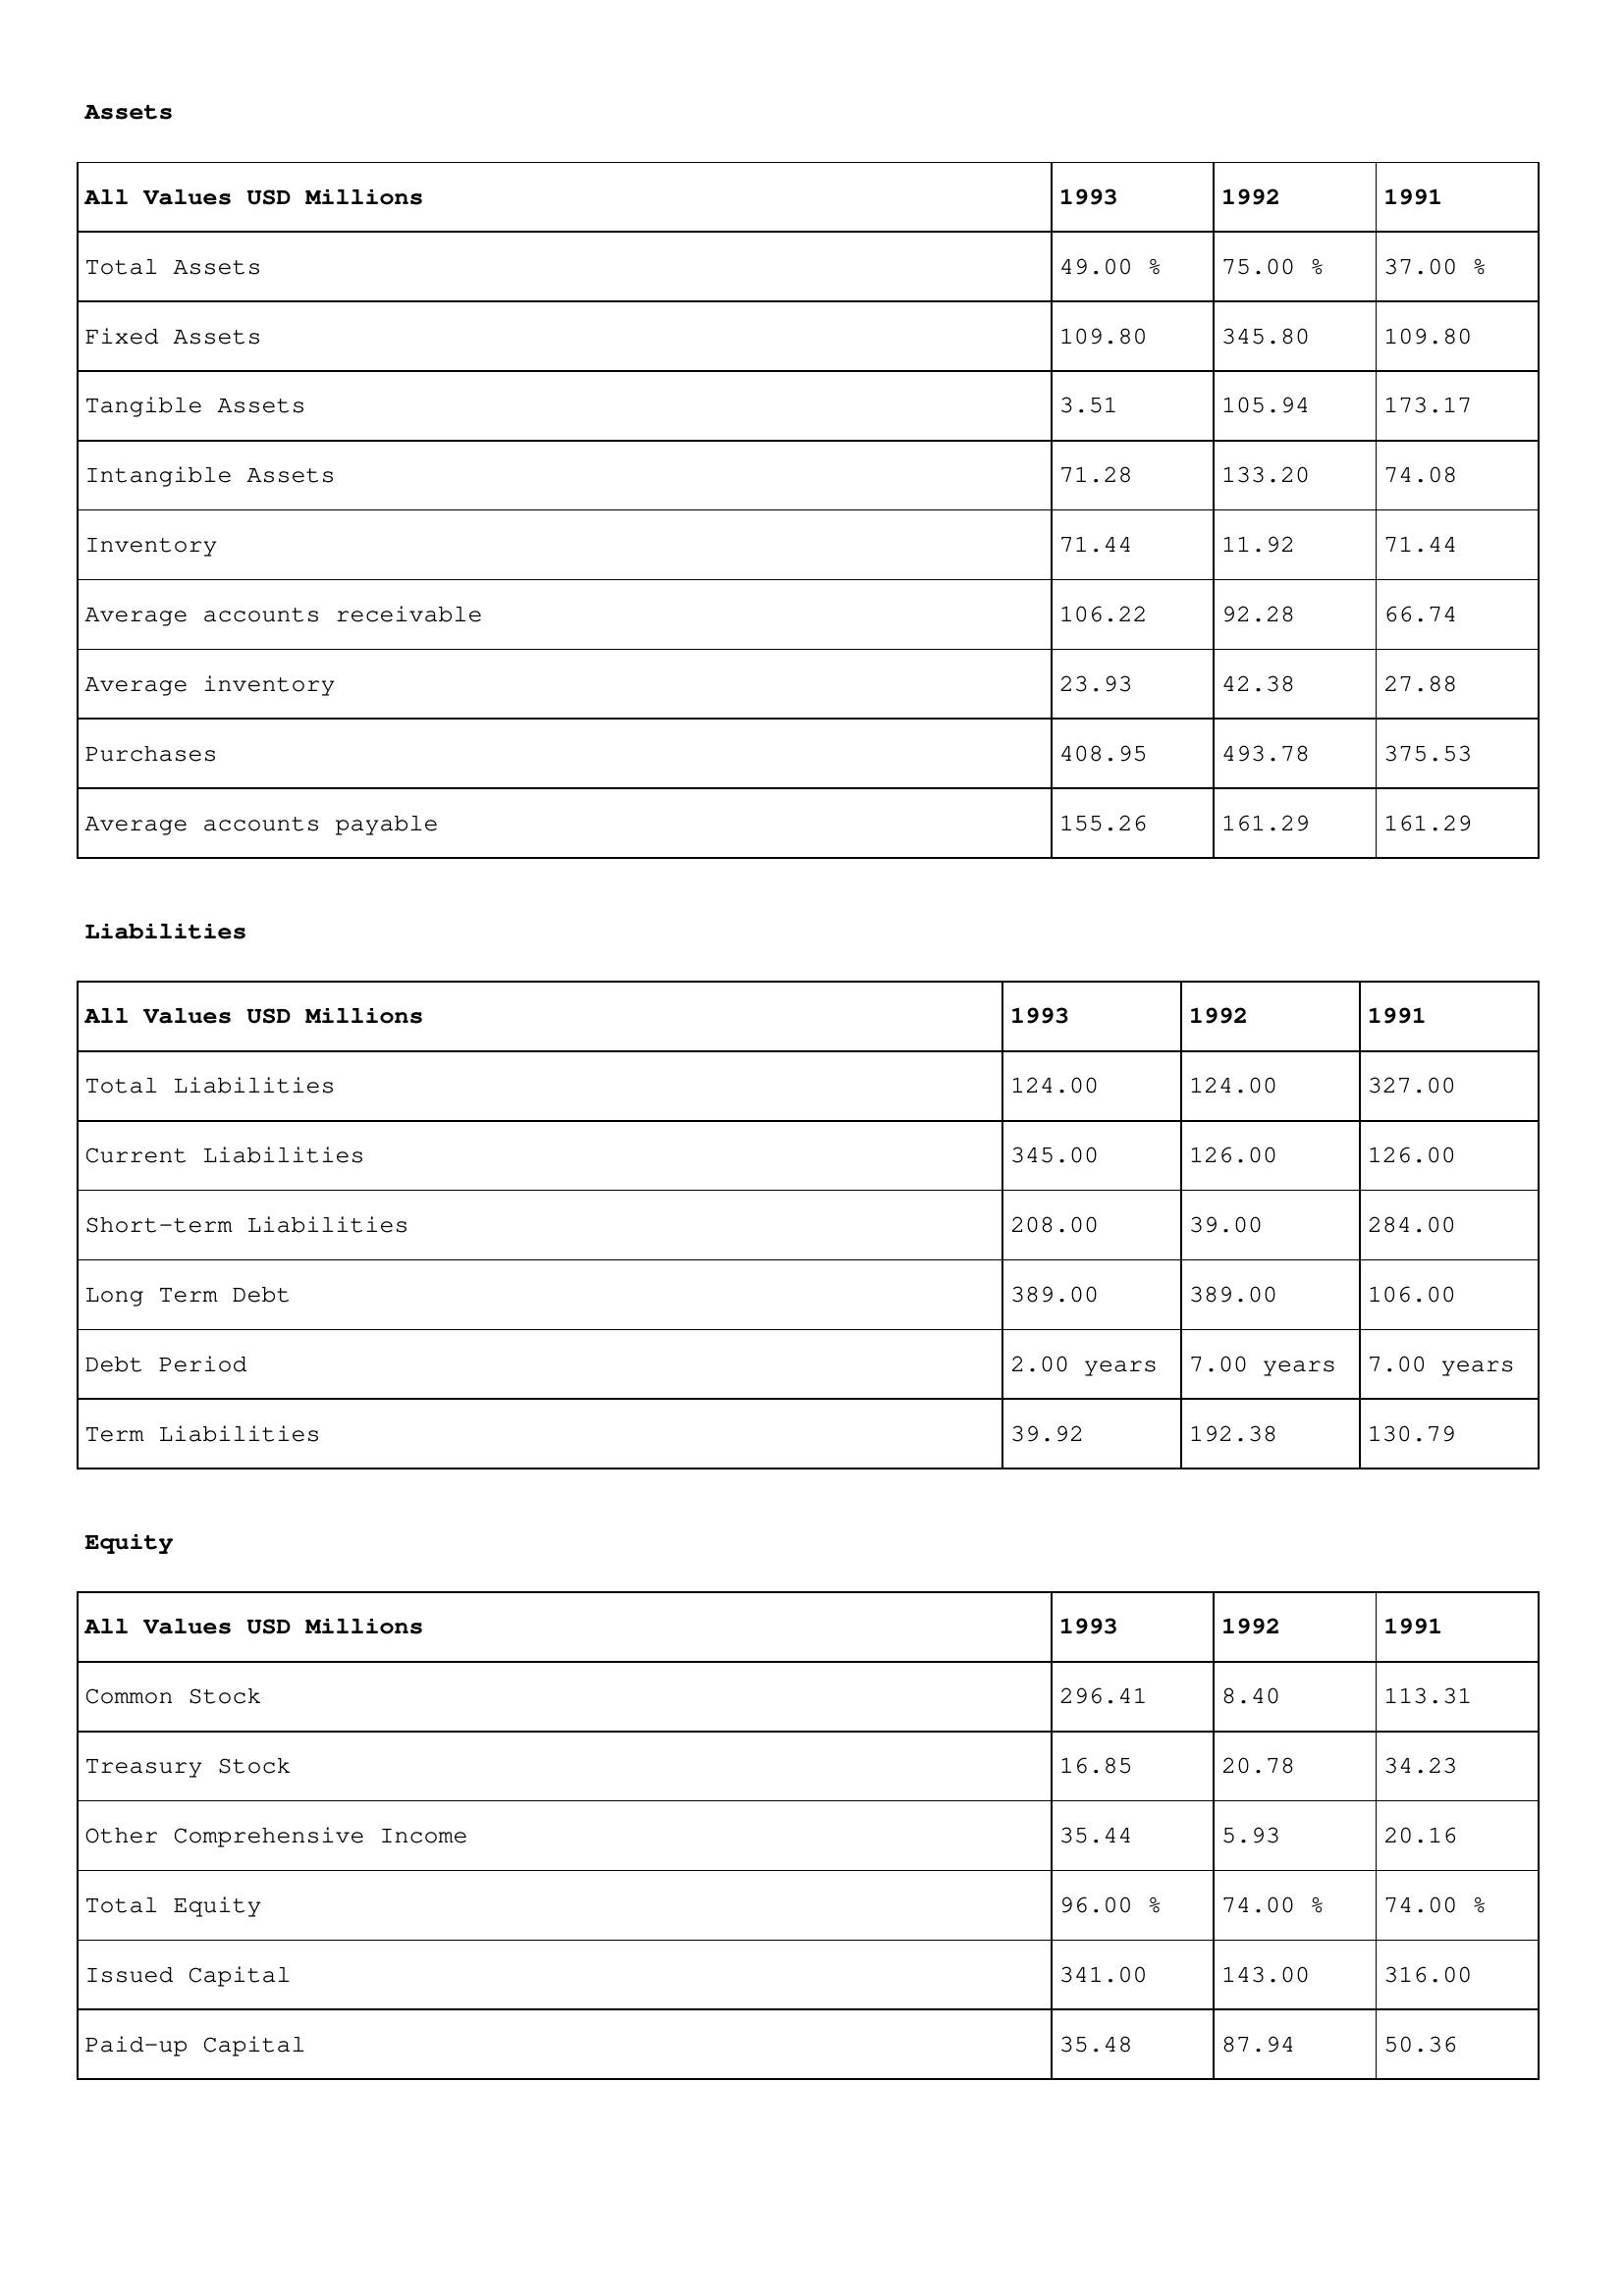
gt_parse: 1993: Assets: Total Assets: 49.00 %
Fixed Assets: 109.80
Tangible Assets: 3.51
Intangible Assets: 71.28
Inventory: 71.44
Average accounts receivable: 106.22
Average inventory: 23.93
Purchases: 408.95
Average accounts payable: 155.26
Liabilities: Total Liabilities: 124.00
Current Liabilities: 345.00
Short-term Liabilities: 208.00
Long Term Debt: 389.00
Debt Period: 2.00 years
Term Liabilities: 39.92
Equity: Common Stock: 296.41
Treasury Stock: 16.85
Other Comprehensive Income: 35.44
Total Equity: 96.00 %
Issued Capital: 341.00
Paid-up Capital: 35.48
1992: Assets: Total Assets: 75.00 %
Fixed Assets: 345.80
Tangible Assets: 105.94
Intangible Assets: 133.20
Inventory: 11.92
Average accounts receivable: 92.28
Average inventory: 42.38
Purchases: 493.78
Average accounts payable: 161.29
Liabilities: Total Liabilities: 124.00
Current Liabilities: 126.00
Short-term Liabilities: 39.00
Long Term Debt: 389.00
Debt Period: 7.00 years
Term Liabilities: 192.38
Equity: Common Stock: 8.40
Treasury Stock: 20.78
Other Comprehensive Income: 5.93
Total Equity: 74.00 %
Issued Capital: 143.00
Paid-up Capital: 87.94
1991: Assets: Total Assets: 37.00 %
Fixed Assets: 109.80
Tangible Assets: 173.17
Intangible Assets: 74.08
Inventory: 71.44
Average accounts receivable: 66.74
Average inventory: 27.88
Purchases: 375.53
Average accounts payable: 161.29
Liabilities: Total Liabilities: 327.00
Current Liabilities: 126.00
Short-term Liabilities: 284.00
Long Term Debt: 106.00
Debt Period: 7.00 years
Term Liabilities: 130.79
Equity: Common Stock: 113.31
Treasury Stock: 34.23
Other Comprehensive Income: 20.16
Total Equity: 74.00 %
Issued Capital: 316.00
Paid-up Capital: 50.36